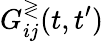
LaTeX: G_{ij}^{\gtrless}(t,t^{\prime})